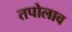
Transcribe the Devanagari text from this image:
तपोलाव